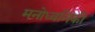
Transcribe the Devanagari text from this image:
मनोध्वनिकी